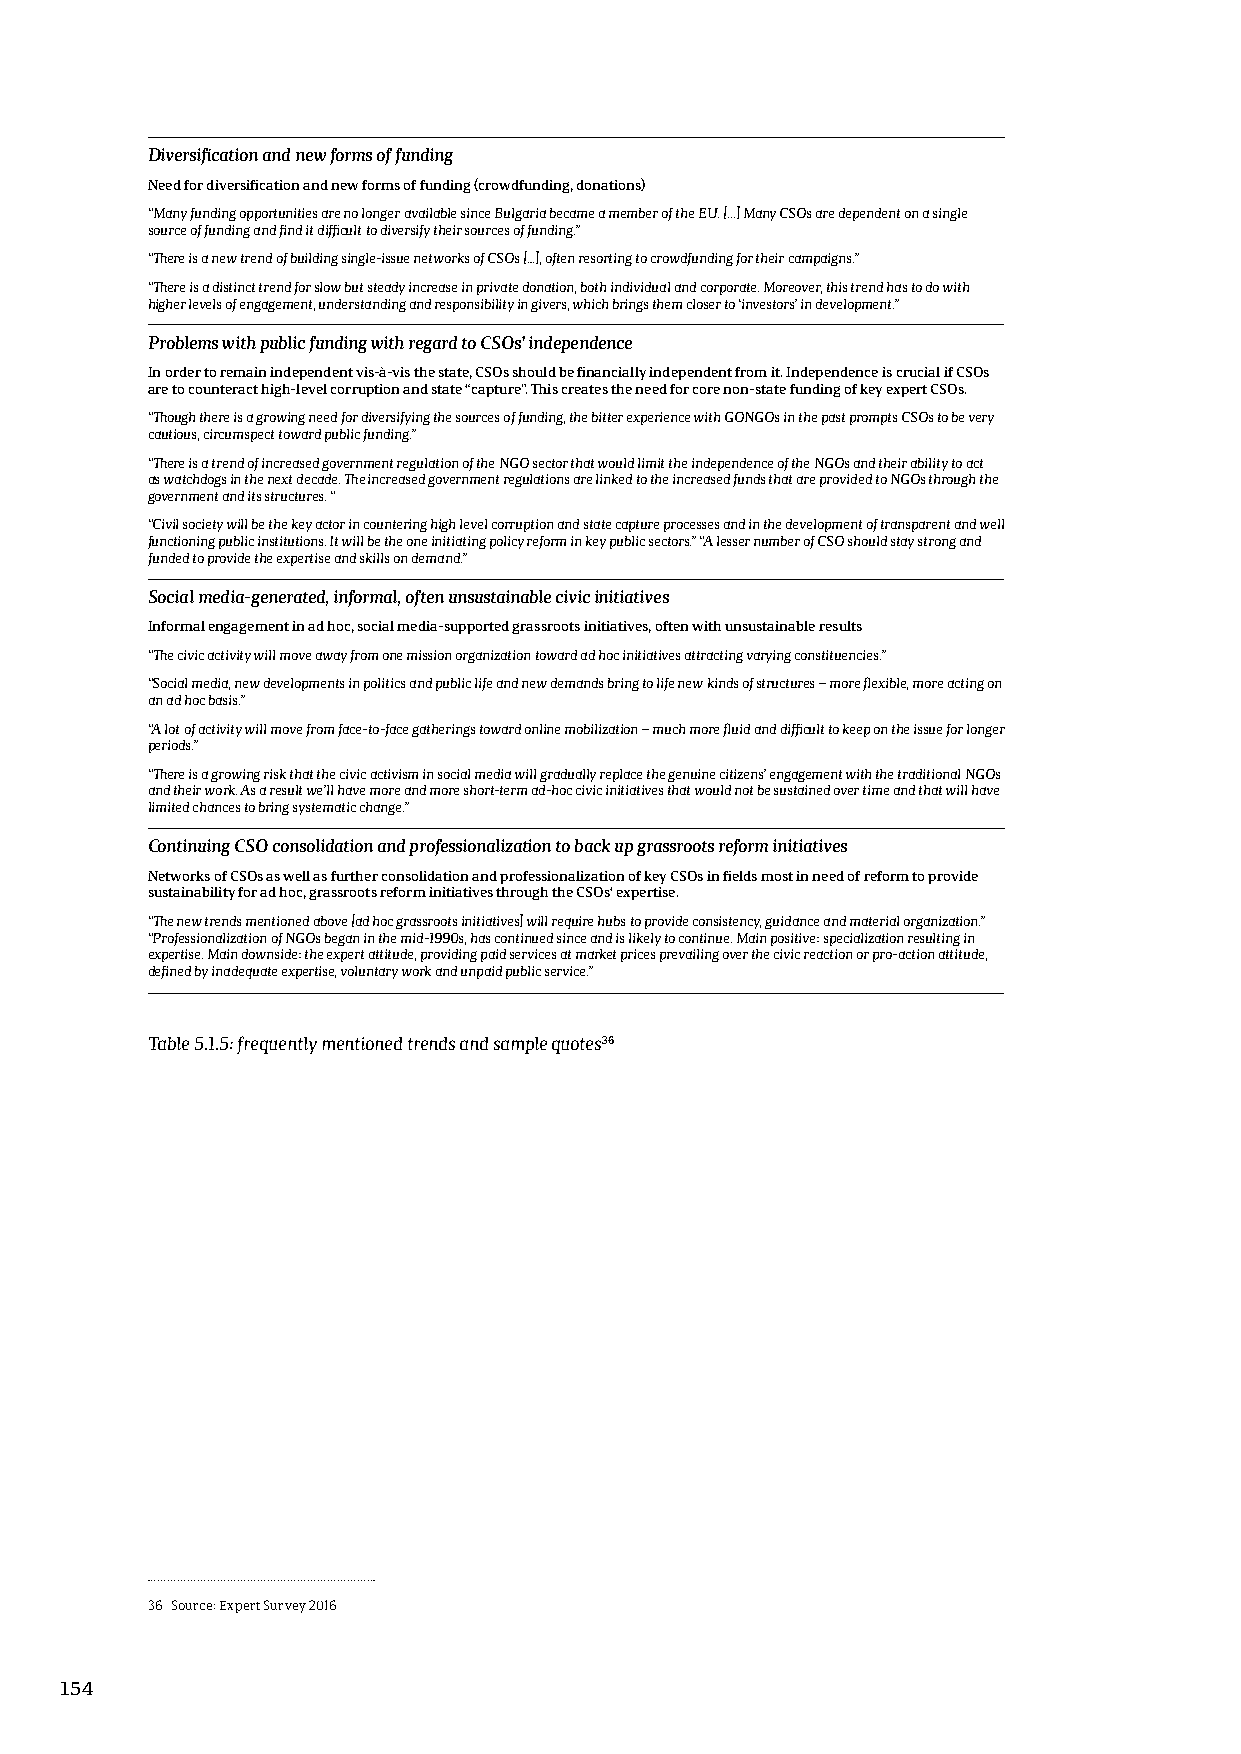
Diversification and new forms of funding
 Need for diversification and new forms of funding (crowdfunding, donations)
 “Many funding opportunities are no longer available since Bulgaria became a member of the EU. [...] Many CSOs are dependent on a single
 source of funding and find it difficult to diversify their sources of funding.”
 “There is a new trend of building single-issue networks of CSOs […], often resorting to crowdfunding for their campaigns.”
 “There is a distinct trend for slow but steady increase in private donation, both individual and corporate. Moreover, this trend has to do with
 higher levels of engagement, understanding and responsibility in givers, which brings them closer to ‘investors’ in development.”
 Problems with public funding with regard to CSOs’ independence
 In order to remain independent vis-à-vis the state, CSOs should be financially independent from it. Independence is crucial if CSOs
 are to counteract high-level corruption and state “capture”. This creates the need for core non-state funding of key expert CSOs.
 “Though there is a growing need for diversifying the sources of funding, the bitter experience with GONGOs in the past prompts CSOs to be very
 cautious, circumspect toward public funding.”
 “There is a trend of increased government regulation of the NGO sector that would limit the independence of the NGOs and their ability to act
 as watchdogs in the next decade. The increased government regulations are linked to the increased funds that are provided to NGOs through the
 government and its structures. “
 “Civil society will be the key actor in countering high level corruption and state capture processes and in the development of transparent and well
 functioning public institutions. It will be the one initiating policy reform in key public sectors.” “A lesser number of CSO should stay strong and
 funded to provide the expertise and skills on demand.”
 Social media-generated, informal, often unsustainable civic initiatives
 Informal engagement in ad hoc, social media-supported grassroots initiatives, often with unsustainable results
 “The civic activity will move away from one mission organization toward ad hoc initiatives attracting varying constituencies.”
 “Social media, new developments in politics and public life and new demands bring to life new kinds of structures – more flexible, more acting on
 an ad hoc basis.”
 “A lot of activity will move from face-to-face gatherings toward online mobilization – much more fluid and difficult to keep on the issue for longer
 periods.”
 “There is a growing risk that the civic activism in social media will gradually replace the genuine citizens’ engagement with the traditional NGOs
 and their work. As a result we’ll have more and more short-term ad-hoc civic initiatives that would not be sustained over time and that will have
 limited chances to bring systematic change.”
 Continuing CSO consolidation and professionalization to back up grassroots reform initiatives
 Networks of CSOs as well as further consolidation and professionalization of key CSOs in fields most in need of reform to provide
 sustainability for ad hoc, grassroots reform initiatives through the CSOs‘ expertise.
 “The new trends mentioned above [ad hoc grassroots initiatives] will require hubs to provide consistency, guidance and material organization.”
 “Professionalization of NGOs began in the mid-1990s, has continued since and is likely to continue. Main positive: specialization resulting in
 expertise. Main downside: the expert attitude, providing paid services at market prices prevailing over the civic reaction or pro-action attitude,
 defined by inadequate expertise, voluntary work and unpaid public service.”
 Table 5.1.5: frequently mentioned trends and sample quotes36
 36 Source: Expert Survey 2016
 154